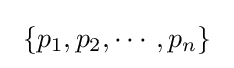
\ \{p_{1},p_{2},\cdots ,p_{n}\}~